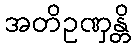
အတိဥဏှန္တိ